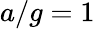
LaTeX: a/g=1